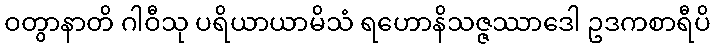
ဝတွာနာတိ ဂါဝီသု ပရိယာယာမိသံ ရဟောနိသဇ္ဇဿာဒေါ ဥဒကစာရီပိ